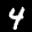
Label: 4